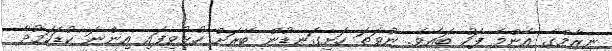
ނިޒާމްގެ އެންމެ ފަހު ބައެވެ. ނުވަތަ ހަށިގަނޑުން ބޭރަށް ހުޅުވިފައި އިންނަ ކުޑަކަމުދާ